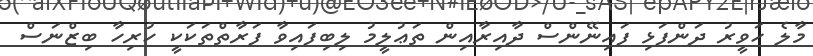
މާލެ ހަވީރު ދަންފަޅި ފައިނޭންސް ދާއިރާއިން ތަޢުލީމު ލިބިފައިވާ ފަރާތްތަކަކީ ހުރިހާ ބިޒްނަސް